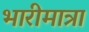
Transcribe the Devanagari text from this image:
भारीमात्रा